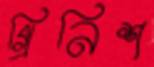
গ্রিনিশ